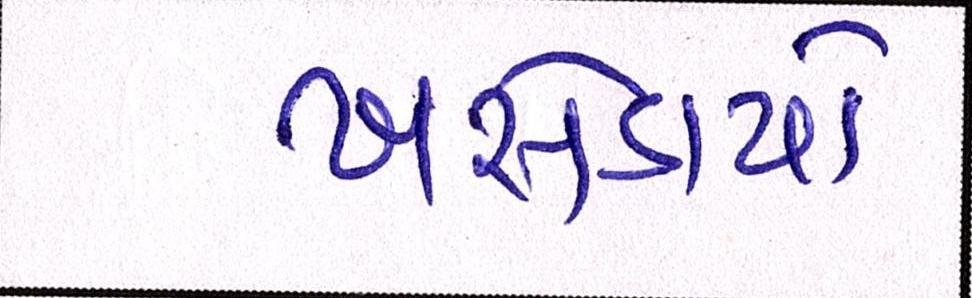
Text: ખસેડાયો